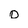
Character: o